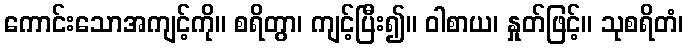
ကောင်းသောအကျင့်ကို။ စရိတွာ၊ ကျင့်ပြီး၍။ ဝါစာယ၊ နှုတ်ဖြင့်။ သုစရိတံ၊